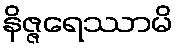
နိဇ္ဇရေဿာမိ